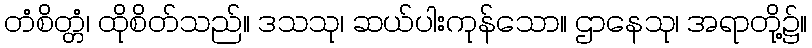
တံစိတ္တံ၊ ထိုစိတ်သည်။ ဒသသု၊ ဆယ်ပါးကုန်သော။ ဌာနေသု၊ အရာတို့၌။